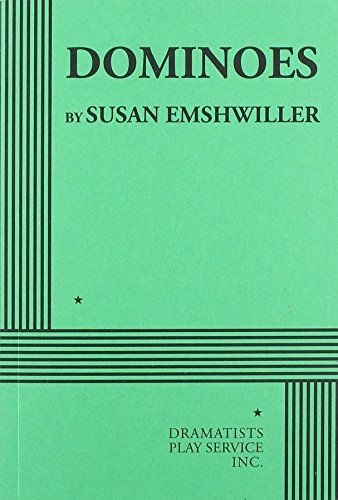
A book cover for Dominoes; Susan Emshwiller; Literature & Fiction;